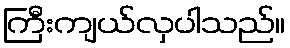
ကြီးကျယ်လှပါသည်။